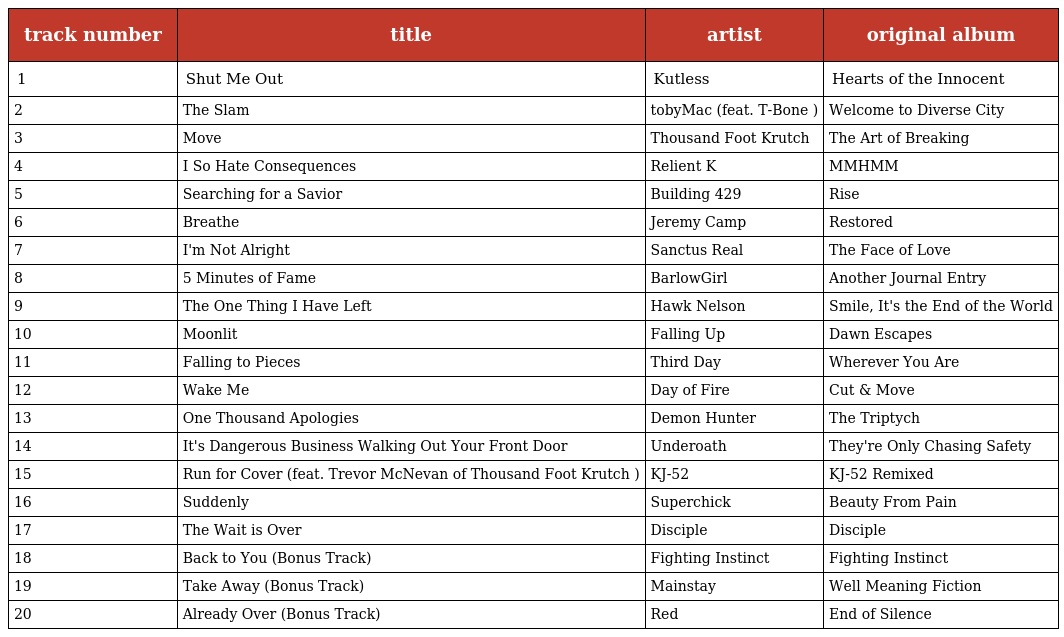
| track number | title | artist | original album |
 | --- | --- | --- | --- |
 | 1 | Shut Me Out | Kutless | Hearts of the Innocent |
 | 2 | The Slam | tobyMac (feat. T-Bone ) | Welcome to Diverse City |
 | 3 | Move | Thousand Foot Krutch | The Art of Breaking |
 | 4 | I So Hate Consequences | Relient K | MMHMM |
 | 5 | Searching for a Savior | Building 429 | Rise |
 | 6 | Breathe | Jeremy Camp | Restored |
 | 7 | I'm Not Alright | Sanctus Real | The Face of Love |
 | 8 | 5 Minutes of Fame | BarlowGirl | Another Journal Entry |
 | 9 | The One Thing I Have Left | Hawk Nelson | Smile, It's the End of the World |
 | 10 | Moonlit | Falling Up | Dawn Escapes |
 | 11 | Falling to Pieces | Third Day | Wherever You Are |
 | 12 | Wake Me | Day of Fire | Cut & Move |
 | 13 | One Thousand Apologies | Demon Hunter | The Triptych |
 | 14 | It's Dangerous Business Walking Out Your Front Door | Underoath | They're Only Chasing Safety |
 | 15 | Run for Cover (feat. Trevor McNevan of Thousand Foot Krutch ) | KJ-52 | KJ-52 Remixed |
 | 16 | Suddenly | Superchick | Beauty From Pain |
 | 17 | The Wait is Over | Disciple | Disciple |
 | 18 | Back to You (Bonus Track) | Fighting Instinct | Fighting Instinct |
 | 19 | Take Away (Bonus Track) | Mainstay | Well Meaning Fiction |
 | 20 | Already Over (Bonus Track) | Red | End of Silence |